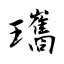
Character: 瓗